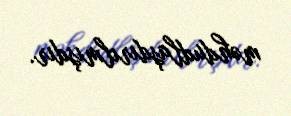
məhdudlaşdırılmışdır.